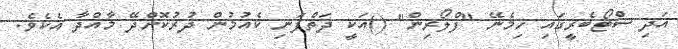
އަދި ސްޓޯބެރީގައި ހިމެނޭ "ފްލޯރިން" ()އަކީ ދަތްފަނި ކެއުމުން ދުރުކޮށްދޭ މާއްދާ އެކެވެ.